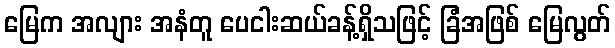
မြေက အလျား အနံတူ ပေငါးဆယ်ခန့်ရှိသဖြင့် ခြံအဖြစ် မြေလွတ်